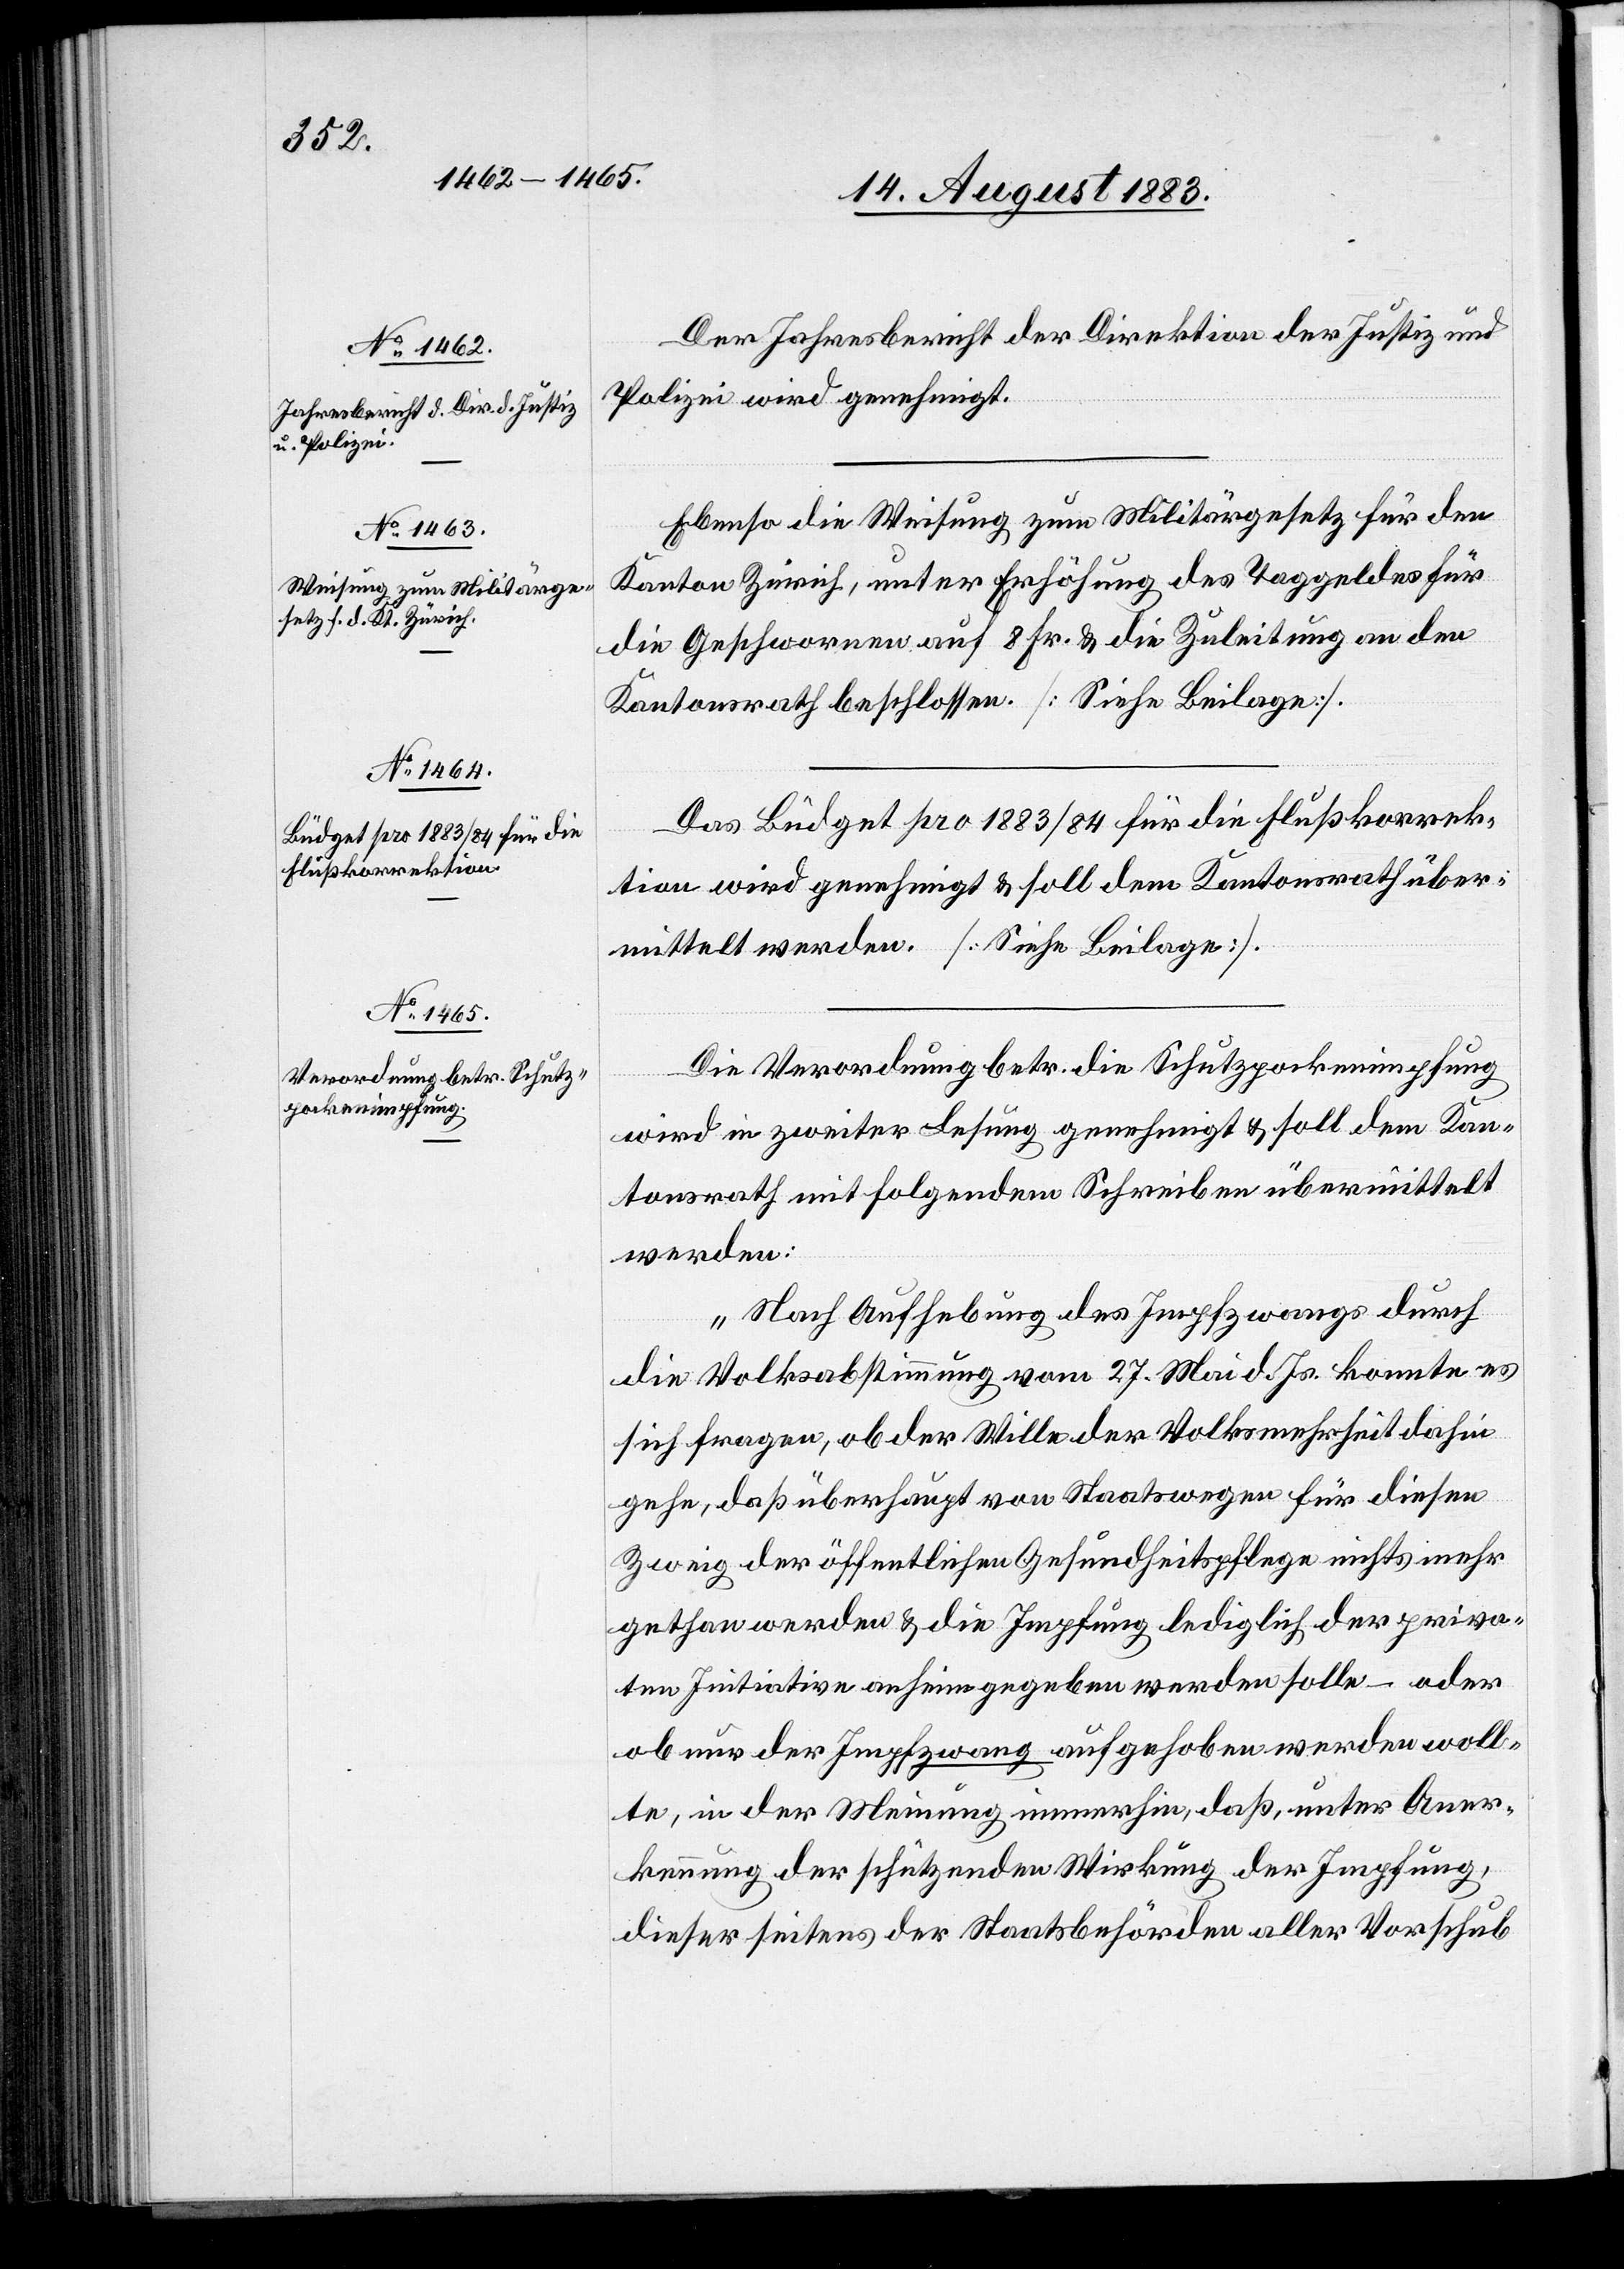
Der Jahresbericht der Direktion der Justiz und
Polizei wird genehmigt.
Ebenso die Weisung zum Militärgesetz für den
Kanton Zürich, unter Erhöhung des Taggeldes für
die Geschwornen auf 8 Fr. & die Zuleitung an den
Kantonsrath beschlossen. [Siehe Beilage].
Das Büdget pro 1883/84 für die Flußkorrek¬
tionen wird genehmigt & soll dem Kantonsrath über¬
mittelt werden. [Siehe Beilage].
Die Verordnung betr. die Schutzpockenimpfung
wird in zweiter Lesung genehmigt & soll dem Kan¬
tonsrath mit folgendem Schreiben übermittelt
werden:
„Nach Aufhebung des Impfzwanges durch
die Volksabstimmung vom 27. Mai d. Js. konnte es
sich fragen, ob der Wille der Volksmehrheit dahin
gehe, daß überhaupt von Staatswegen für diesen
Zweig der öffentlichen Gesundheitspflege nichts mehr
gethan werden & die Impfungen lediglich der priva¬
ten Initiative anheim gegeben werden solle – oder
ob nur der Impfzwang aufgehoben werden woll¬
te, in der Meinung immerhin, daß, unter Aner¬
kennung der schützenden Wirkung der Impfung,
dieser seitens der Staatsbehörden aller Vorschub